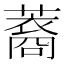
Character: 䕍